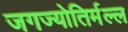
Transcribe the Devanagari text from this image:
जगज्योतिर्मल्ल